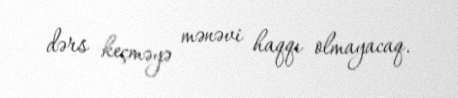
dərs keçməyə mənəvi haqqı olmayacaq.